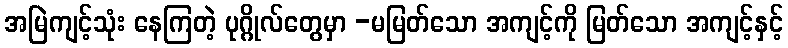
အမြဲကျင့်သုံး နေကြတဲ့ ပုဂ္ဂိုလ်တွေမှာ -မမြတ်သော အကျင့်ကို မြတ်သော အကျင့်နှင့်